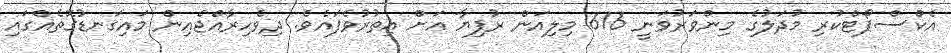
އެކްސްޕޯޓްކުރި މުދަލުގެ މިންވަރުވަނީ 616 މިލިއަން ރުފިޔާ އަށް އިތުރުވެފައެވެ. ދިވެހިރާއްޖެއިން މައިގަނޑުގޮތެއްގައި